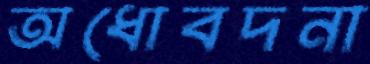
অধোবদনা